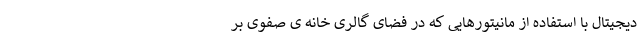
دیجیتال با استفاده از مانیتورهایی که در فضای گالری خانه ی صفوی بر